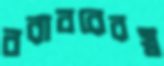
বরাবরেরস্ব